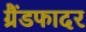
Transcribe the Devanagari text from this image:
ग्रैंडफादर